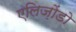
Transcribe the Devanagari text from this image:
एलिज़ोंडो